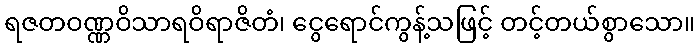
ရဇတဝဏ္ဏဝိသာရဝိရာဇိတံ၊ ငွေရောင်ကွန့်သဖြင့် တင့်တယ်စွာသော။